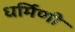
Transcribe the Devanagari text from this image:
धर्मिणी